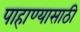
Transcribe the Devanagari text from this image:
पाहाण्यासाठी